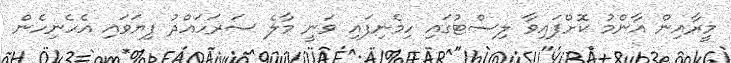
މީރާއިން އާންމު ކޮށްފައިވާ ލިސްޓުގައި ހިމެނިފައި ވަނީ މާލެ ސަރަހައްދު ފިޔަވައި އެހެނިހެން